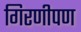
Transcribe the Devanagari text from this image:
गिरणीपण